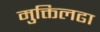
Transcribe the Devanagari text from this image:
मुक्तिलढा